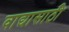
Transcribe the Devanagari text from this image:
वाद्यासाठी